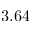
3 . 6 4